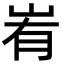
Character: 峟